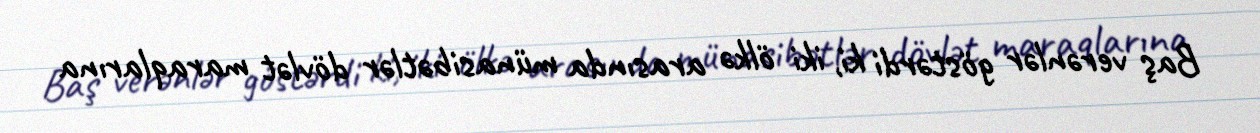
Baş verənlər göstərdi ki, iki ölkə arasında münasibətlər dövlət maraqlarına